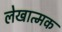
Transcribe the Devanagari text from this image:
लेखात्मक